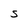
Character: S